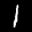
Label: 1